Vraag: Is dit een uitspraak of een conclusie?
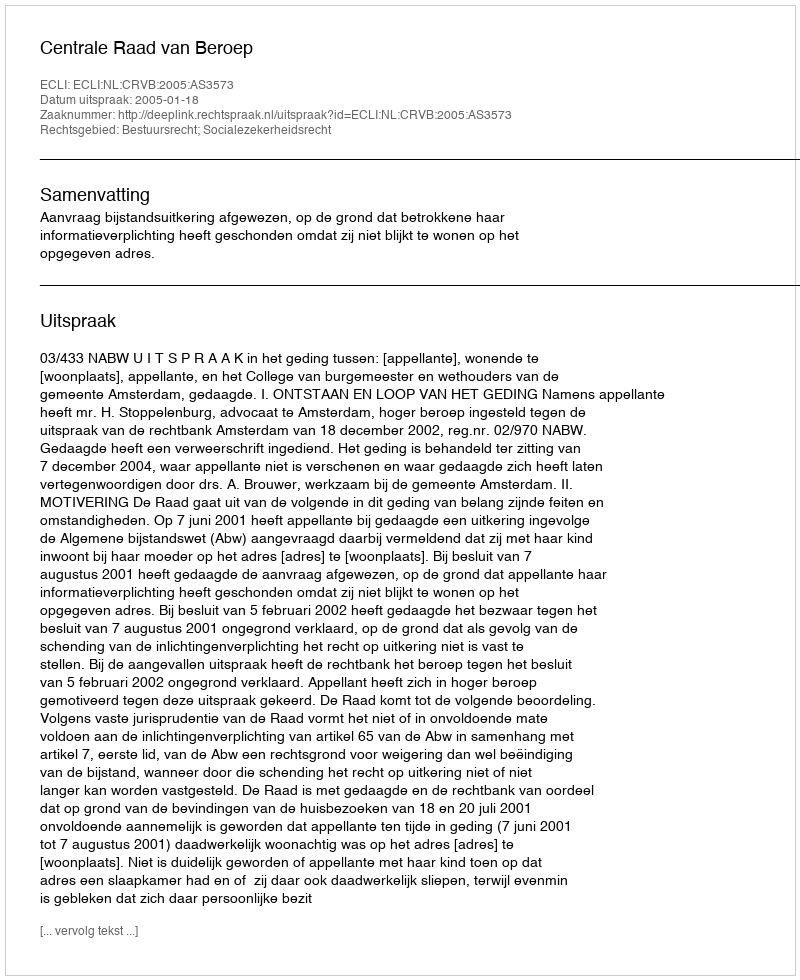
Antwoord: Uitspraak